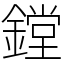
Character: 鏜